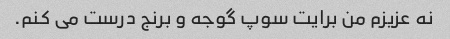
نه عزیزم من برایت سوپ گوجه و برنج درست می کنم.